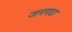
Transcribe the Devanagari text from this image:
जनपदा